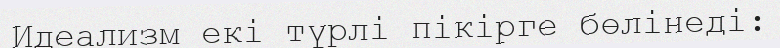
Идеализм екі түрлі пікірге бөлінеді: